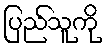
ပြည်သူကို